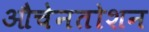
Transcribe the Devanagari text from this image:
औचेनतोशन